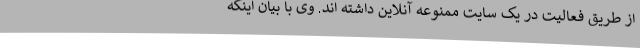
از طریق فعالیت در یک سایت ممنوعه آنلاین داشته اند. وی با بیان اینکه